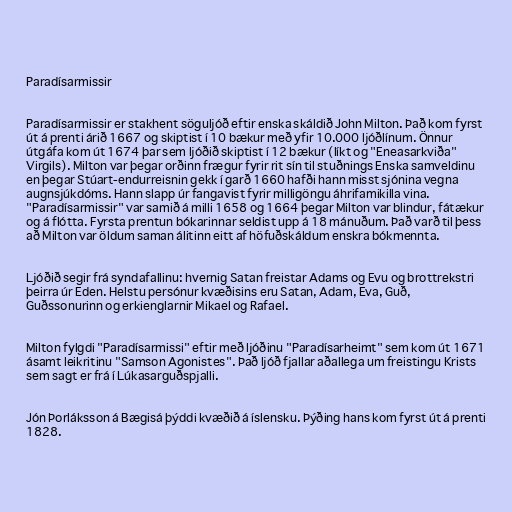
Paradísarmissir

Paradísarmissir er stakhent söguljóð eftir enska skáldið John Milton. Það kom fyrst
út á prenti árið 1667 og skiptist í 10 bækur með yfir 10.000 ljóðlínum. Önnur
útgáfa kom út 1674 þar sem ljóðið skiptist í 12 bækur (líkt og "Eneasarkviða"
Virgils). Milton var þegar orðinn frægur fyrir rit sín til stuðnings Enska samveldinu
en þegar Stúart-endurreisnin gekk í garð 1660 hafði hann misst sjónina vegna
augnsjúkdóms. Hann slapp úr fangavist fyrir milligöngu áhrifamikilla vina.
"Paradísarmissir" var samið á milli 1658 og 1664 þegar Milton var blindur, fátækur
og á flótta. Fyrsta prentun bókarinnar seldist upp á 18 mánuðum. Það varð til þess
að Milton var öldum saman álitinn eitt af höfuðskáldum enskra bókmennta.

Ljóðið segir frá syndafallinu: hvernig Satan freistar Adams og Evu og brottrekstri
þeirra úr Eden. Helstu persónur kvæðisins eru Satan, Adam, Eva, Guð,
Guðssonurinn og erkienglarnir Mikael og Rafael.

Milton fylgdi "Paradísarmissi" eftir með ljóðinu "Paradísarheimt" sem kom út 1671
ásamt leikritinu "Samson Agonistes". Það ljóð fjallar aðallega um freistingu Krists
sem sagt er frá í Lúkasarguðspjalli.

Jón Þorláksson á Bægisá þýddi kvæðið á íslensku. Þýðing hans kom fyrst út á prenti
1828.